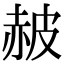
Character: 𧹞